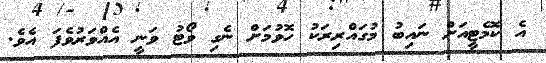
އެ ކޮމެޓީއަށް ނައިބު މުގައްރިރަކު ހޮވުމަށް ނެގި ވޯޓު ވަނީ އެއްވަރުވެފަ އެވެ.